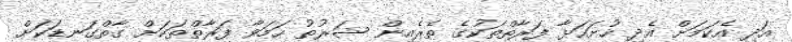
އަދި އެކަމަށް އެދި ހުށަހަޅާ ފަރާތްތަކުގެ ތެރެއިން ޝަރުތު ހަމަވާ ފަރާތްތަކަށް ގާތްގަނޑަކަށް